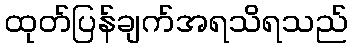
ထုတ်ပြန်ချက်အရသိရသည်